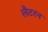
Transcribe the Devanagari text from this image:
लैटरन